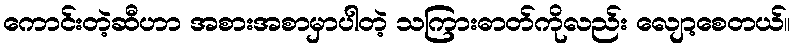
ကောင်းတဲ့ဆီဟာ အစားအစာမှာပါတဲ့ သကြားဓာတ်ကိုလည်း လျော့စေတယ်။